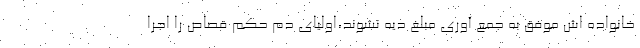
خانواده اش موفق به جمع آوری مبلغ دیه نشوند،اولیای دم حکم قصاص را اجرا